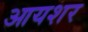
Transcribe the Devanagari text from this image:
आयशर